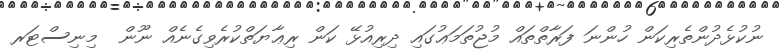
ނުކުޅެދުންތެރިކަން ހުންނަ ފަރާތްތައް މުޖުތަމަޢުގައި ދިރިއުޅޭ ކަން ރިޢާޔަތްކުރެވިގެނެއް ނޫން  މިނިސްޓަރ